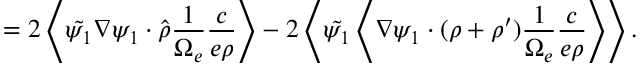
= 2 \left\langle \tilde { \psi _ { 1 } } \nabla \psi _ { 1 } \boldsymbol { \cdot } \hat { \boldsymbol { \rho } } \frac { 1 } { \Omega _ { e } } \frac { c } { e \rho } \right\rangle - 2 \left\langle \tilde { \psi _ { 1 } } \left\langle \nabla \psi _ { 1 } \boldsymbol { \cdot } ( \boldsymbol { \rho } + \boldsymbol { \rho } ^ { \prime } ) \frac { 1 } { \Omega _ { e } } \frac { c } { e \rho } \right\rangle \right\rangle .